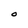
Character: O